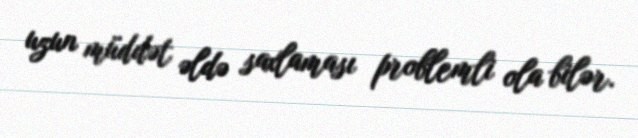
uzun müddət əldə saxlaması problemli ola bilər.